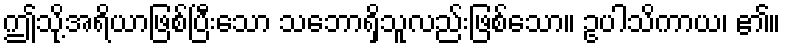
ဤသို့အရိယာဖြစ်ပြီးသော သဘောရှိသူလည်းဖြစ်သော။ ဥပါသိကာယ၊ ၏။